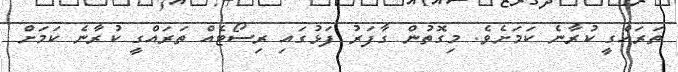
ތަރައްގީ ކުރާނެ ކަމަށެވެ. މިގޮތުން ގާފަރު ފަޅުގައި ރިސޯޓެއް ތަރައްގީ ކުރާނެ ކަމަށް